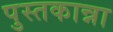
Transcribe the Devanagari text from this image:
पुस्तकान्ना